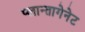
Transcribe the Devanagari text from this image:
प्लान्तागेनेट